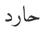
حارد